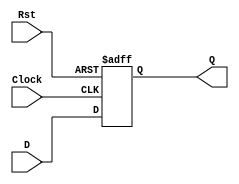
// D Flip Flop with Asyncronous Reset
 
module d_ff
   (
    input wire Clock,
    input wire D,
	input Rst, 
    output reg Q
   );
 
   always @(negedge Rst or  posedge Clock  )
      begin
	  if (!Rst)
      Q = 0;
	  else 
	  Q = D;
	  end
endmodule